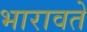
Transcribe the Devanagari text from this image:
भारावते